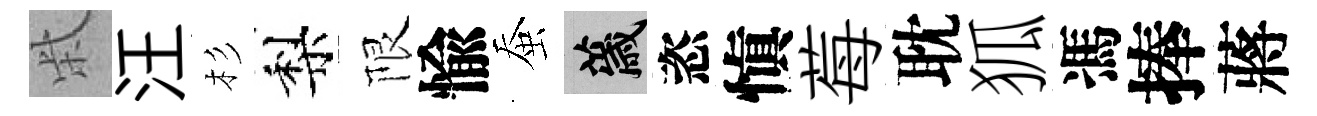
柴汪杉梨限愉蚕薉恣愼莓耽狐馮捧蔣